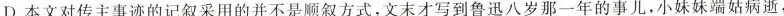
D.本文对传主事迹的记叙采用的并不是顺叙方式,文末才写到鲁迅八岁那一年的事儿,小妹妹端姑病逝，